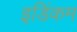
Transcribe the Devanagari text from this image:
इडिंकम